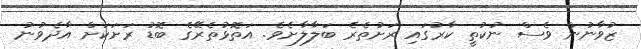
ޒުވާނުން ވެސް ނުކުތީ ކާރުގައި ރަށުތެރެ ބަލާލާށެވެ. އަތޮޅުތެރޭގެ ބޮޑު ރަށަކަށް އާދެވުނު